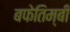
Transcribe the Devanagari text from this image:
बफेतिम्बी